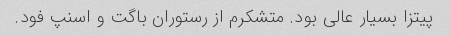
پیتزا بسیار عالی بود. متشکرم از رستوران باگت و اسنپ فود.